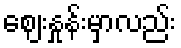
ဈေးနှုန်းမှာလည်း